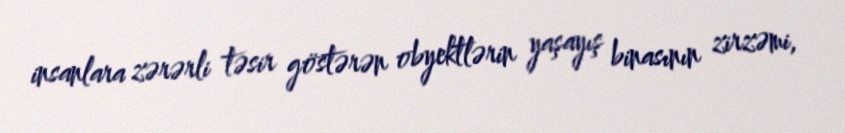
insanlara zərərli təsir göstərən obyektlərin yaşayış binasının zirzəmi,